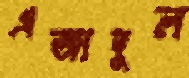
এজাদুল